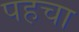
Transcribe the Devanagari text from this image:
पहचा